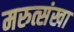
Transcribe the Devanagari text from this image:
मरुत्संखा